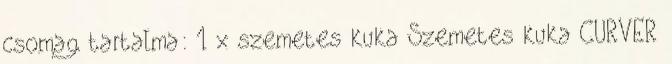
csomag tartalma: 1 x szemetes kuka Szemetes kuka CURVER